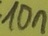
Text: 10n